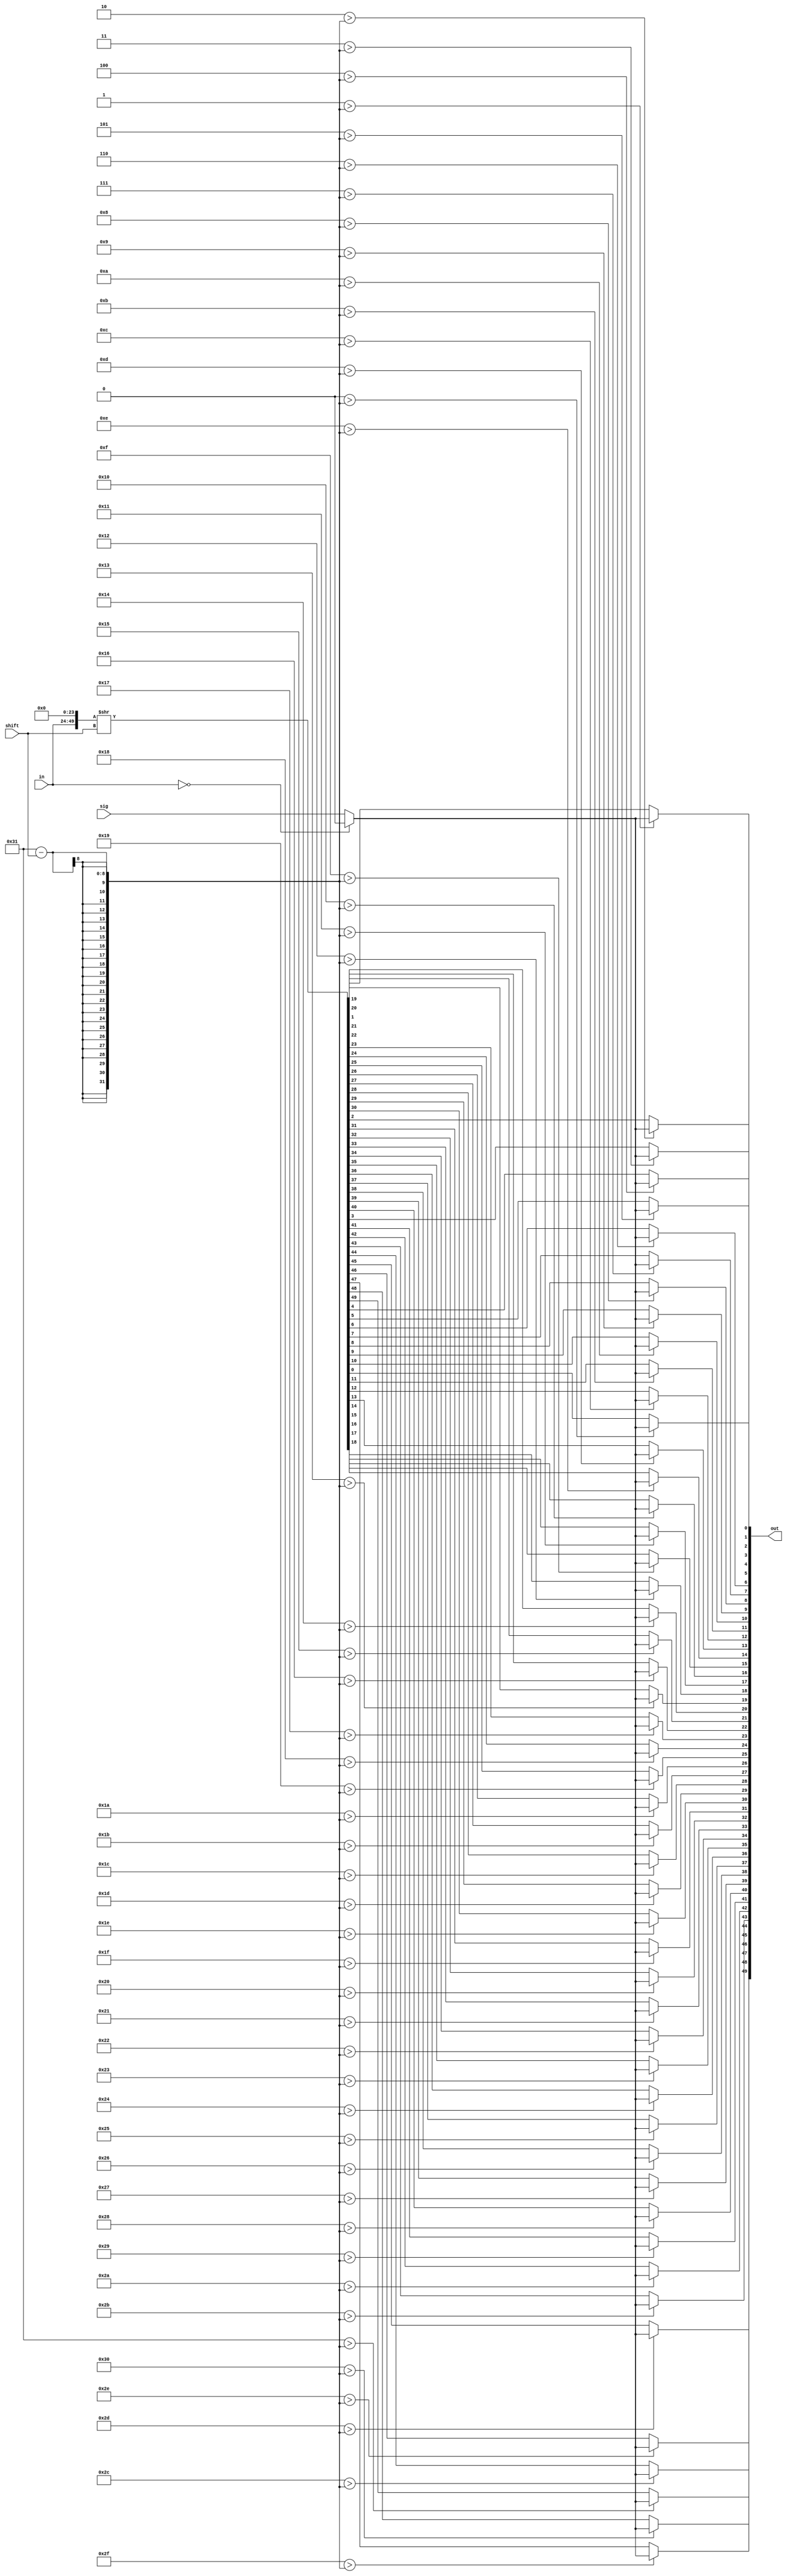
module shifter(
    input wire [25:0] in,
    input wire [7:0] shift,
    input wire sig,

    output wire [49:0] out
);
wire [49:0] ex_in;

assign ex_in = {{in},{(50-26){1'b0}}};

wire [49:0] pre_out;

assign pre_out = ex_in >> shift;

genvar i;

generate
    for(i = 0; i < 50; i = i + 1) begin
        assign out[i] = (i > (49 - shift))? ((in == 26'b0)? 1'b0: sig): pre_out[i];
    end     
endgenerate

endmodule